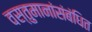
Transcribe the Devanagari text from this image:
वस्तुमानांसंबंधित